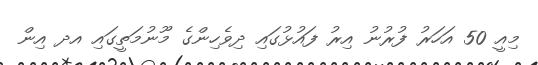
މިއީ 50 އަހަރު ފުރުނު އިރު ފައުޅުގައި ދިވެހިންގެ މޫނުމަތީގައި އދ އިން